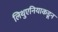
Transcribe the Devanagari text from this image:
लिथुएनियाकडून